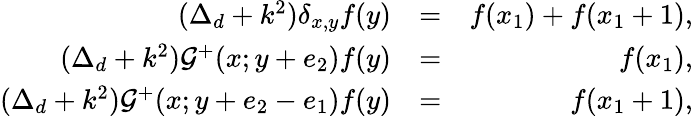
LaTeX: \begin{array}{rlr}{(\Delta_{d}+k^{2})\delta_{x,y}f(y)}&{=}&{f(x_{1})+f(x_{1}+1),}\\ {(\Delta_{d}+k^{2})\mathcal{G}^{+}(x;y+e_{2})f(y)}&{=}&{f(x_{1}),}\\ {(\Delta_{d}+k^{2})\mathcal{G}^{+}(x;y+e_{2}-e_{1})f(y)}&{=}&{f(x_{1}+1),}\end{array}